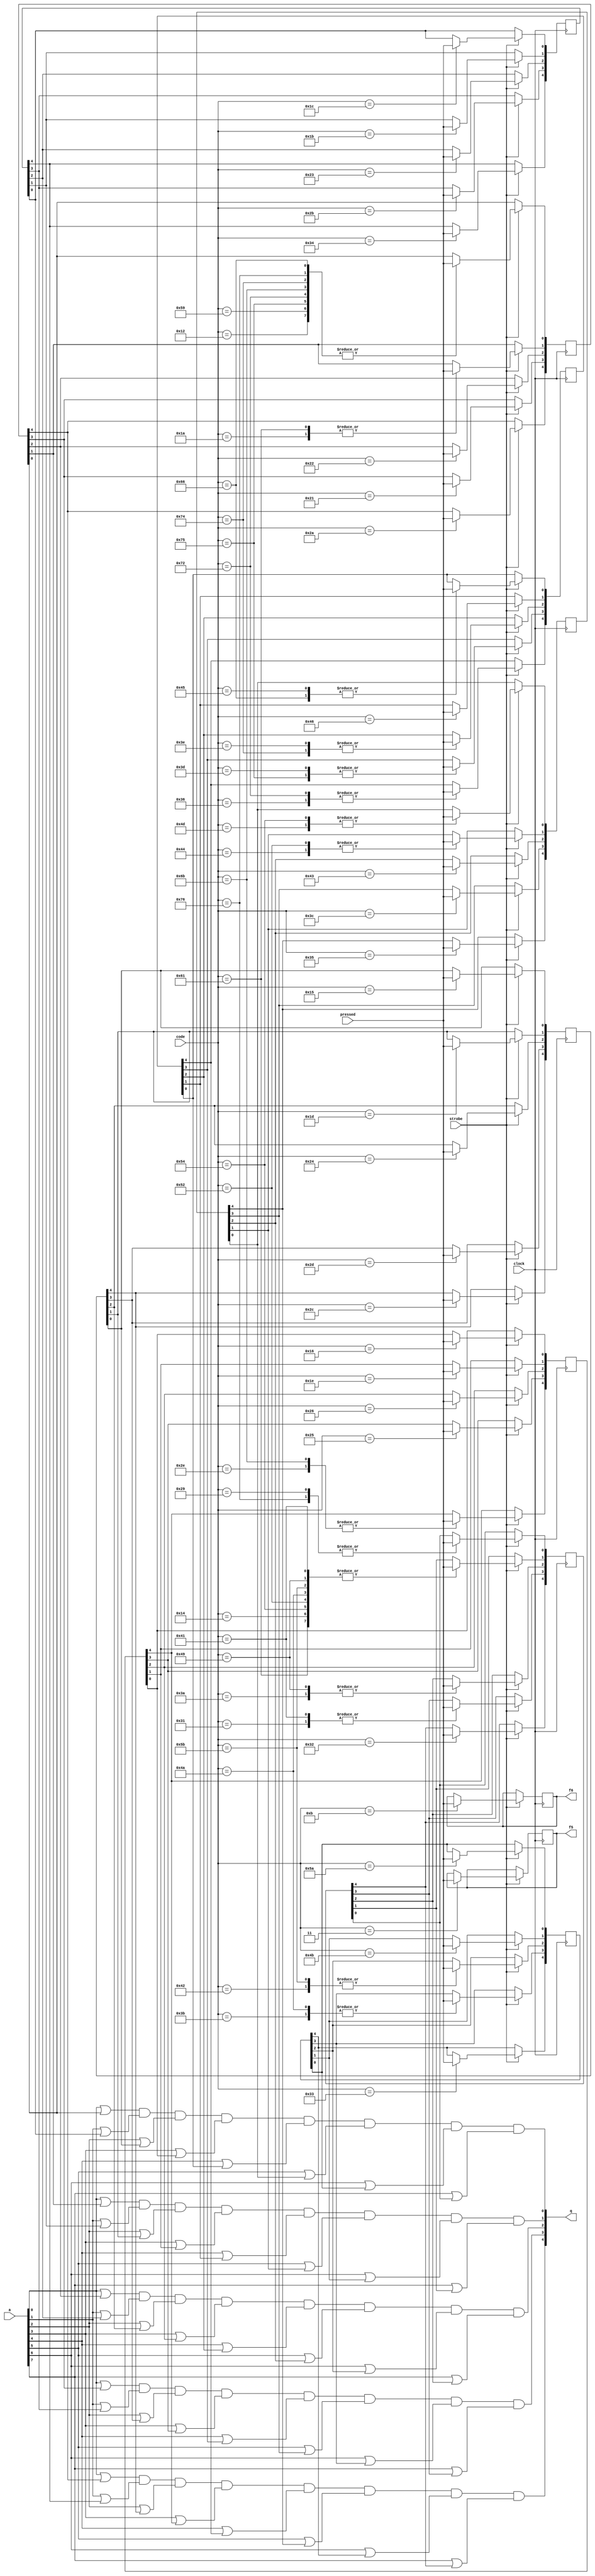
//-------------------------------------------------------------------------------------------------
module keyboard
//-------------------------------------------------------------------------------------------------
(
	input  wire      clock,
	input  wire      pressed,
	input  wire      strobe,
	input  wire[7:0] code,
	output reg       f6,
	output reg       f5,
	output wire[4:0] q,
	input  wire[7:0] a
);
//-------------------------------------------------------------------------------------------------

reg[4:0] key[7:0];

initial
begin
	f6 = 1'b1;
	f5 = 1'b1;

	key[0] = 5'b11111;
	key[1] = 5'b11111;
	key[2] = 5'b11111;
	key[3] = 5'b11111;
	key[4] = 5'b11111;
	key[5] = 5'b11111;
	key[6] = 5'b11111;
	key[7] = 5'b11111;
end

always @(posedge clock) if(strobe)
case(code)
	8'h0B: f6  <= pressed;
	8'h03: f5  <= pressed;

	8'h12: key[0][0] <= pressed; // CS - left shift
	8'h59: key[0][0] <= pressed; // CS - left shift
	8'h1A: key[0][1] <= pressed; // Z
	8'h22: key[0][2] <= pressed; // X
	8'h21: key[0][3] <= pressed; // C
	8'h2A: key[0][4] <= pressed; // V

	8'h1C: key[1][0] <= pressed; // A
	8'h1B: key[1][1] <= pressed; // S
	8'h23: key[1][2] <= pressed; // D
	8'h2B: key[1][3] <= pressed; // F
	8'h34: key[1][4] <= pressed; // G

	8'h15: key[2][0] <= pressed; // Q
	8'h1D: key[2][1] <= pressed; // W
	8'h24: key[2][2] <= pressed; // E
	8'h2D: key[2][3] <= pressed; // R
	8'h2C: key[2][4] <= pressed; // T

	8'h16: key[3][0] <= pressed; // 1
	8'h1E: key[3][1] <= pressed; // 2
	8'h26: key[3][2] <= pressed; // 3
	8'h25: key[3][3] <= pressed; // 4
	8'h2E: key[3][4] <= pressed; // 5

	8'h45: key[4][0] <= pressed; // 0
	8'h46: key[4][1] <= pressed; // 9
	8'h3E: key[4][2] <= pressed; // 8
	8'h3D: key[4][3] <= pressed; // 7
	8'h36: key[4][4] <= pressed; // 6

	8'h4D: key[5][0] <= pressed; // P
	8'h44: key[5][1] <= pressed; // O
	8'h43: key[5][2] <= pressed; // I
	8'h3C: key[5][3] <= pressed; // U
	8'h35: key[5][4] <= pressed; // Y

	8'h5A: key[6][0] <= pressed; // ENTER
	8'h4B: key[6][1] <= pressed; // L
	8'h42: key[6][2] <= pressed; // K
	8'h3B: key[6][3] <= pressed; // J
	8'h33: key[6][4] <= pressed; // H

	8'h29: key[7][0] <= pressed; // SPACE
	8'h14: key[7][1] <= pressed; // SS - right shift
	8'h3A: key[7][2] <= pressed; // M
	8'h31: key[7][3] <= pressed; // N
	8'h32: key[7][4] <= pressed; // B

	8'h54: { key[7][1], key[5][0] } <= { 2{pressed} }; // " (SS + P)
	8'h52: { key[7][1], key[5][1] } <= { 2{pressed} }; // ; (SS + P)
	8'h49: { key[7][1], key[7][2] } <= { 2{pressed} }; // . (SS + M)
	8'h41: { key[7][1], key[7][3] } <= { 2{pressed} }; // , (SS + N)
	8'h4A: { key[7][1], key[6][3] } <= { 2{pressed} }; // - (SS + J)
	8'h5B: { key[7][1], key[6][2] } <= { 2{pressed} }; // + (SS + K)
	8'h61: { key[7][1], key[0][1] } <= { 2{pressed} }; // : (SS + Z)
	8'h75: { key[0][0], key[4][3] } <= { 2{pressed} }; // up (CS + 7)
	8'h72: { key[0][0], key[4][4] } <= { 2{pressed} }; // down (CS + 6)
	8'h6B: { key[0][0], key[3][4] } <= { 2{pressed} }; // left (CS + 5)
	8'h74: { key[0][0], key[4][2] } <= { 2{pressed} }; // right (CS + 8)
	8'h76: { key[0][0], key[7][0] } <= { 2{pressed} }; // esc (CS + SPACE) - break
	8'h66: { key[0][0], key[4][0] } <= { 2{pressed} }; // backspace (CS + 0) - delete
endcase

//-------------------------------------------------------------------------------------------------

assign q =
{
	(a[0]|key[0][4])&(a[1]|key[1][4])&(a[2]|key[2][4])&(a[3]|key[3][4])&(a[4]|key[4][4])&(a[5]|key[5][4])&(a[6]|key[6][4])&(a[7]|key[7][4]),
	(a[0]|key[0][3])&(a[1]|key[1][3])&(a[2]|key[2][3])&(a[3]|key[3][3])&(a[4]|key[4][3])&(a[5]|key[5][3])&(a[6]|key[6][3])&(a[7]|key[7][3]),
	(a[0]|key[0][2])&(a[1]|key[1][2])&(a[2]|key[2][2])&(a[3]|key[3][2])&(a[4]|key[4][2])&(a[5]|key[5][2])&(a[6]|key[6][2])&(a[7]|key[7][2]),
	(a[0]|key[0][1])&(a[1]|key[1][1])&(a[2]|key[2][1])&(a[3]|key[3][1])&(a[4]|key[4][1])&(a[5]|key[5][1])&(a[6]|key[6][1])&(a[7]|key[7][1]),
	(a[0]|key[0][0])&(a[1]|key[1][0])&(a[2]|key[2][0])&(a[3]|key[3][0])&(a[4]|key[4][0])&(a[5]|key[5][0])&(a[6]|key[6][0])&(a[7]|key[7][0])
};

//-------------------------------------------------------------------------------------------------
endmodule
//-------------------------------------------------------------------------------------------------